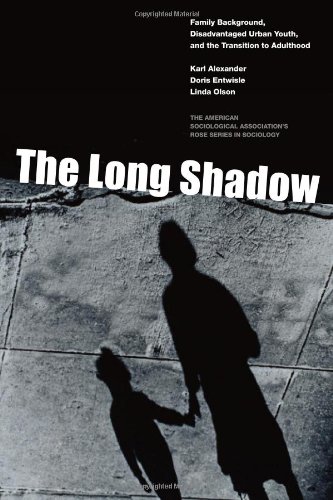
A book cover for Long Shadow, The: Family Background, Disadvantaged Urban Youth, and the Transition to Adulthood (American Sociological Association's Rose Series in Sociology); Karl Alexander; Politics & Social Sciences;